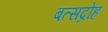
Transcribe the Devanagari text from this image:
बत्सद्रोह